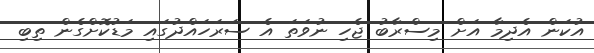
އުކަން އެދިމާ އަށް މިސްރާބު ޖެހި ނުވަތަ އެ ސަރަހައްދުގައި މަޑުކޮށްގެން ތިބި